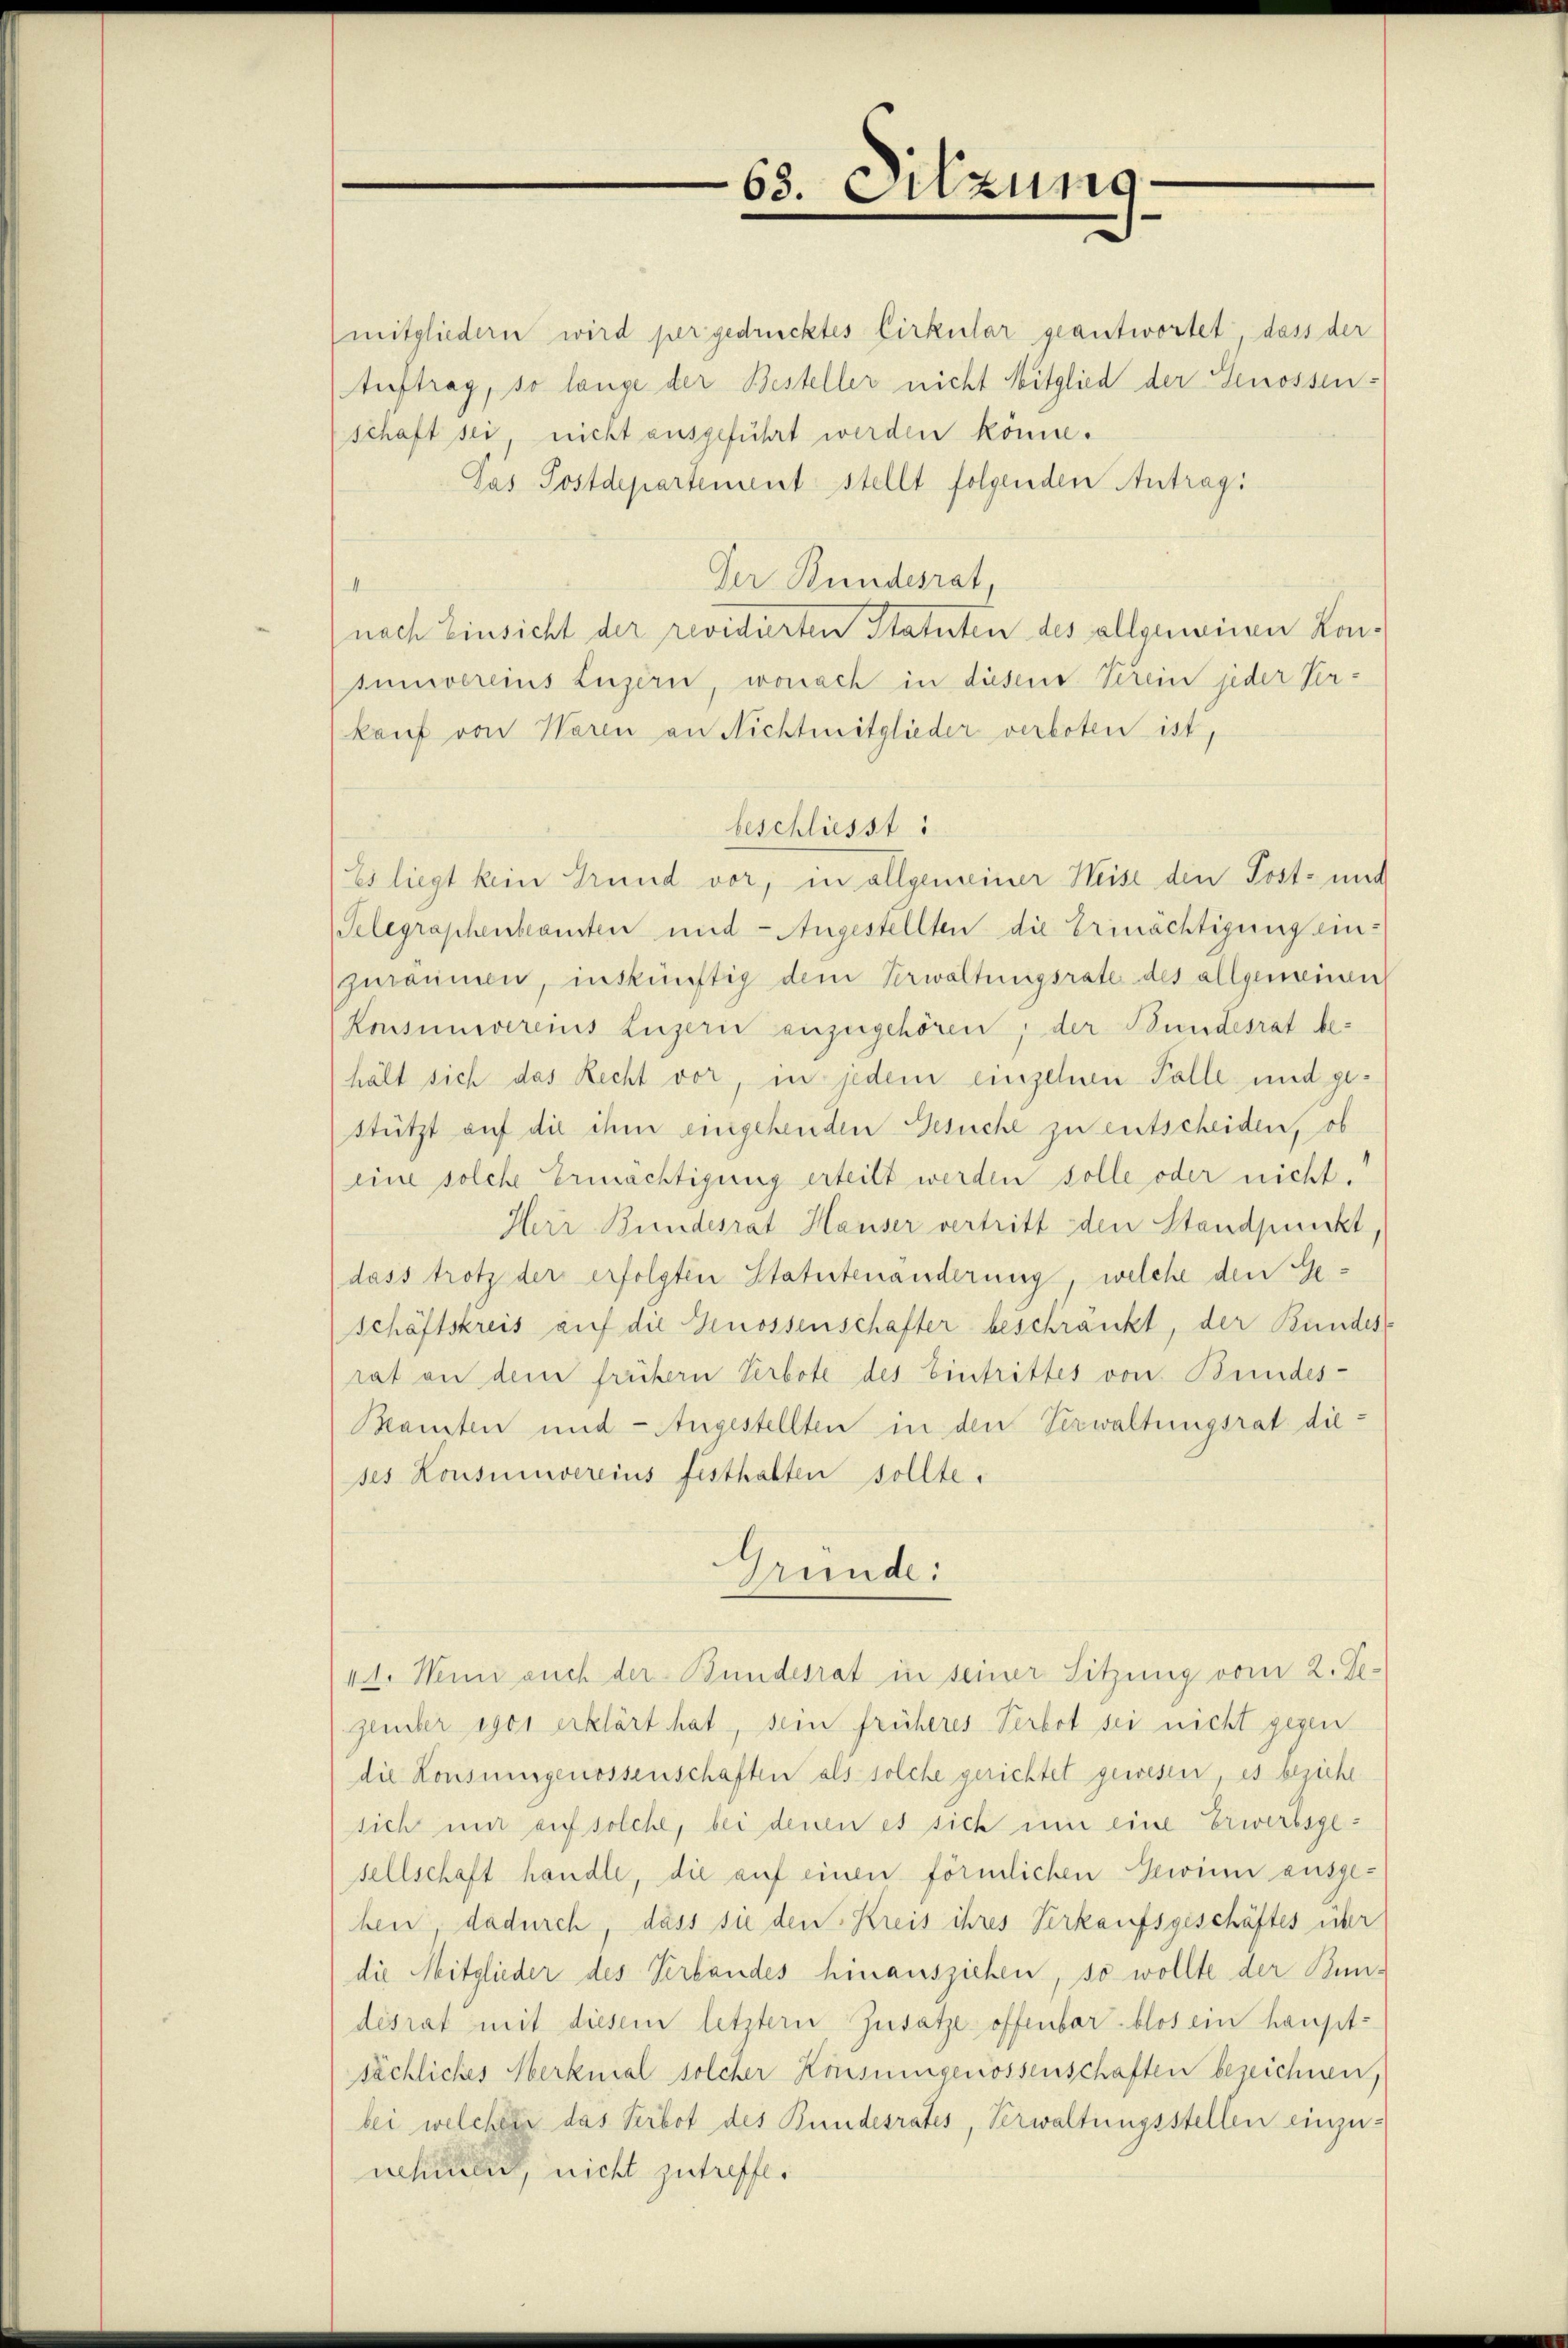
68. Sitzung

mitgliedern wird per gedrucktes Cirkular geantwortet, dass der
Auftrag, so lange der Besteller nicht Mitglied der Genossen-
(schaft sei, nicht ausgeführt werden könne.
Pas Postdepartement stellt folgenden Antrag:
Der Bundesrat,
nach Einsicht der revidierten Statuten des allgemeinen Konsumvereins Luzern, wonach in diesem Verein jeder Ver-
kauf von Waren an Nichtmitglieder verboten ist,
beschliesst:
Es liegt kein Grund vor, in allgemeiner Weise den Post- und
Telegraphenbeansten und Angestellten die Ermächtigung einzuräumen, inskünftig dem Verwaltungsrate des allgemeinen
Konsumvereins Luzern anzugehören; der Bundesrat be-
hält sich das Recht vor, in jedem einzehen Falle und gestützt auf die ihm eingehenden Gesuche zu entscheiden, ob
eine solche Ermächtigung erteilt werden solle oder nicht.
Herr Bundesrat Hauser vertritt den Standpunkt,
dass trotz der erfolgten Statutenänderung, welche den Geschäftskreis auf die Genossenschafter beschränkt, der Bundes
rat an dem frühern Verbote des Eintrittes von Bundes-
Mamten und - Angestellten in den Verwaltungsrat dieses Konsumvereins festhalten sollte.
Gründe:
11. Wenn auch der Bundesrat in seiner Sitzung vom 2. Je
gember egoi erklärt hat, sein früheres Verbot sei nicht gegen
die Konsungenossenschaften als solche gerichtet gewesen, es beziehe
sich mir auf solche, bei denen es sich um eine Erwerbsgesellschaft handle, die auf einen förmlichen Gewinn ausge-
ben dadurch, dass sie den Kreis ihres Verkaufsgeschäftes über
die Mitglieder des Verbandes hinausziehen, so wollte der Bundesrat mit diesem letztern Zusatze offenbar blos ein hauptsächliches Merkmal solcher Konsungenossenschaften bezeichnen,
bei welcher das Verbot des Bundesrates, Verwaltungsstellen einzunehren, nicht zutreffe.